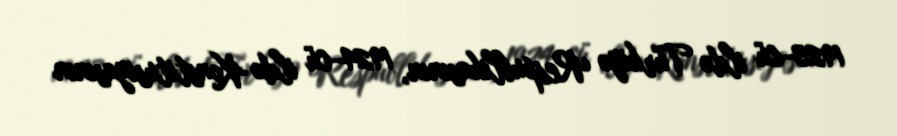
1923-cü ildə Türkiyə Respublikasının, 1924-cü ildə Konstitusiyasının